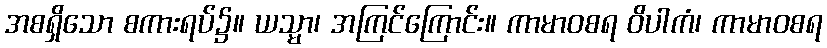
အစရှိသော စကားရပ်၌။ ယသ္မာ၊ အကြင်ကြောင်း။ ကာမာဝစရ ဝိပါကံ၊ ကာမာဝစရ